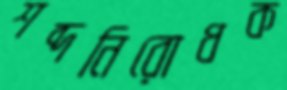
শব্দনিরোধক